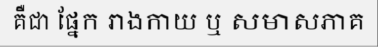
គឺជា ផ្នែក រាងកាយ ឬ សមាសភាគ